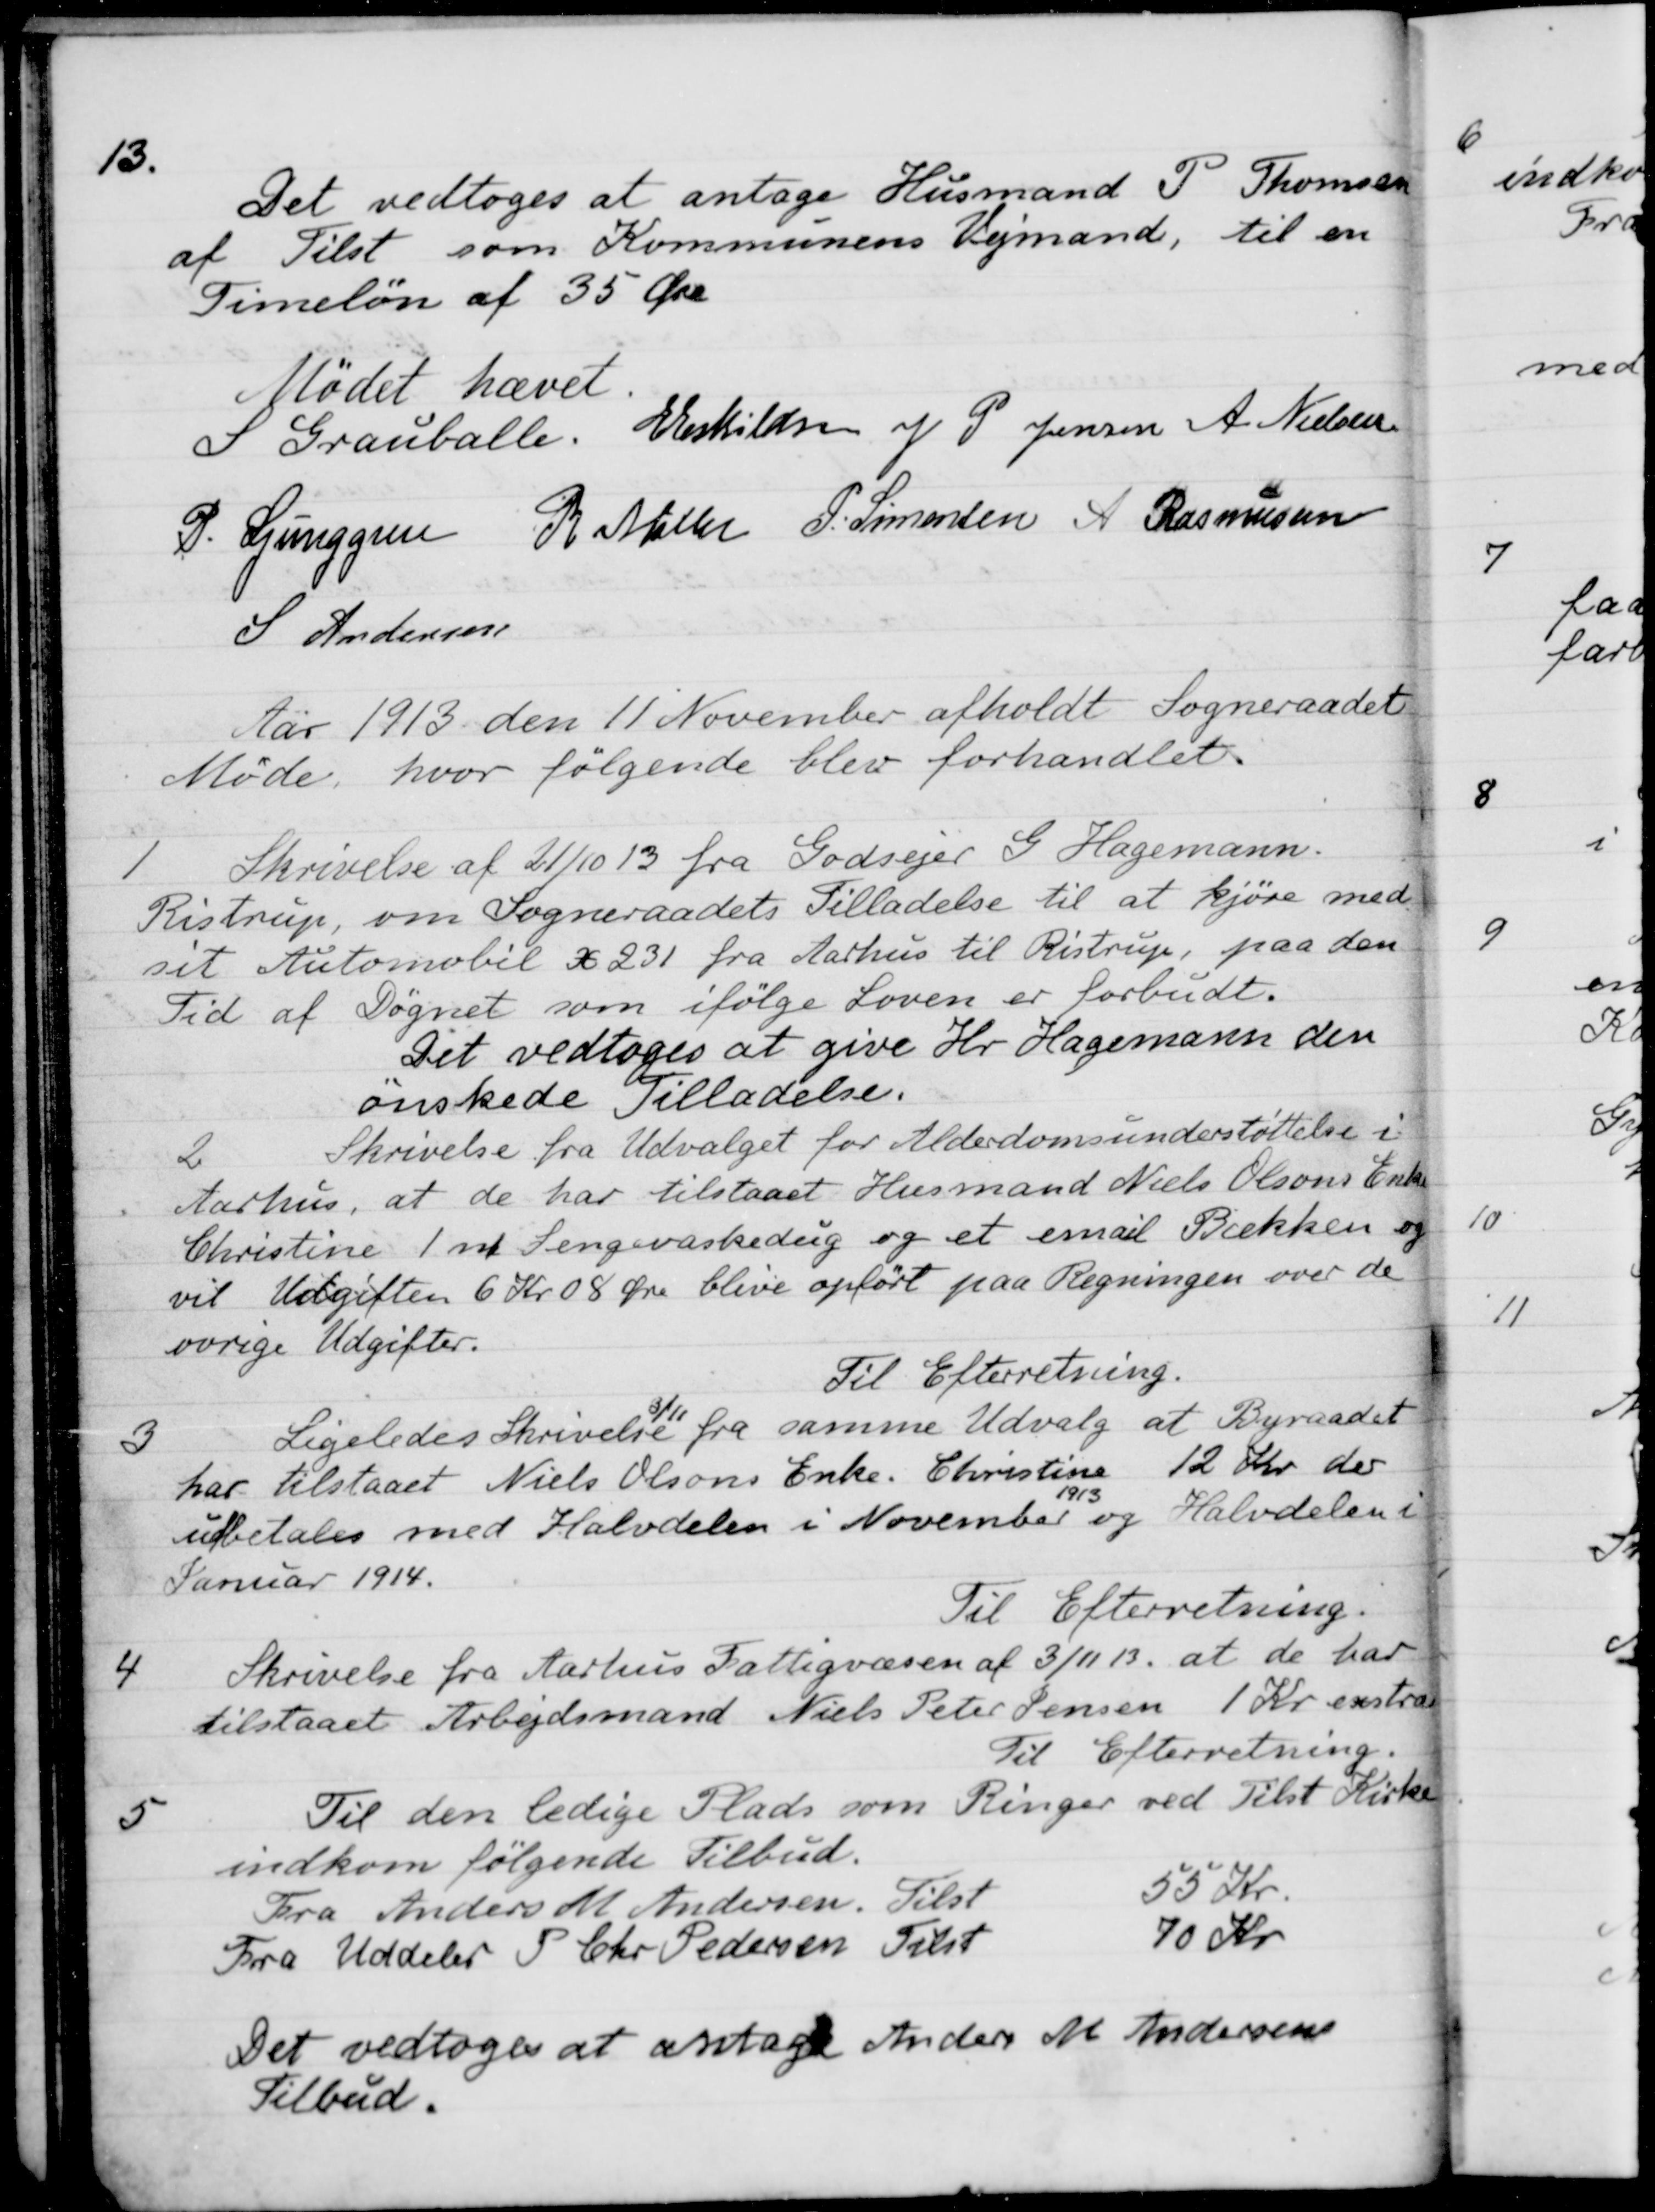
Transskription:
13.
Det vedtoges at antage Husmand P. Thomsen
af Tilst som Kommunens Vejmand, til en
Timeløn af 35 Øre
Mødet hævet.
S Grauballe.
E Eskildsen
J. P. Jensen
A. Nielsen
P. Ljunggren
R. Møller
P. Simonsen
A Rasmussen
S Andersen
Aår 1913 den 11' November afholdt Sogneraadet
Møde, hvor følgende blev forhandlet
1
Skrivelse af 21/10 13 fra Godsejer S Hagemann.
Ristrup, om Sogneraadets Tilladelse til at kjøre med
sit Automobil X 231 fra Aarhus til Ristrup, paa den
Tid af Sognet som ifølge Loven er forbudt.
Det vedtoges at give Hr. Hagemann den
ønskede Tilladelse.
2
Skrivelse fra Udvalget for Alderdomsunderstøttelse i
Aarhus, at de har tilstaaet Husmand Niels Olsens Enke
Christine m. Sengevaskedug og et esnail Bækken og
vil Udgiften 6 Kr. 08 Øre blive opført paa Regningen over de
øvrige Udgifter.
Til Efterretning.
3
Ligeledes Skrivelse 3/11 fra samme Udvalg at Byraadet
har tilstaaet Niels Olsons Enke. Christine 12 Kr der
ubetales med Halvdelen i November
1913
og halvdelen i
Januar 1914.
Til Efterretning.
4
Skrivelse fra Aarhus Fattigvæsen af 3/11 13, at de har
tilstaaet Arbejdsmand Niels Peter Jensen 1 Kr. exstra
Til Efterretning.
5
Til den ledige Plads som Ringer ved Tilst Kirke
indkom følgende Tilbud.
Fra Anders M Andersen. Tilst
55 Kr.
Fra Uddeler P Chr. Pedersen Tilst
70 Kr
Det vedtoges at antage Anders M Andersens
Tilbud.